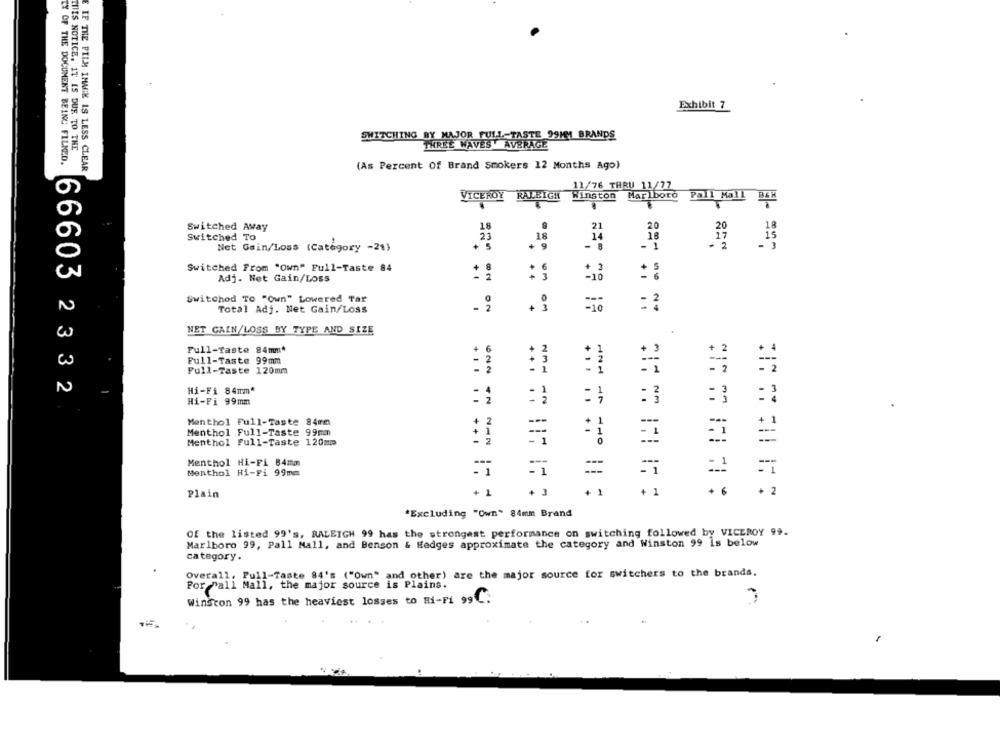
Exhibit 7
SWITCHING BY MAJOR FULL-TASTE 99MM BRANDS
THIS NOTICE. IT IS DUE TO THE
THREE WAVES AVERAGE
CY OF THE DOCUMENT BEING FILMED.
(As Percent Of Brand Smokers 12 Months Ago)
IF THE FILM IMAGE IS LESS CLEAR
11/76 THRU 11/77
VICEROY
RALEIGH
Winston
Marlboro
Pall Mall
8
Switched Away
21
Switched To
18
Net Gain/Loss (Category -21)
+ 9
14
Switched From "Own" Full-Taste 84
Adj. Net Gain/Loss
+ 1
Switched TO "Own" Lowered Tar
Total Adj. Net Gain/Loss
- 2
on
NET GAIN/LOSS BY TYPE AND SIZE
Full-Taste 84mm^
Full-Taste 99mm
Pull-Taste 120mm
...
NMH
Hi-Fi 84mm*
66603 2332
Hi-Fi 99mm
:3
=3
Menthol Full-Taste 84mm
=
Menthol Full-Taste 99mm
Menthol Full-Taste 120mm
Menthol Hi-Fi 84mm
Menthol Hi-Fi 99mm
Plain
+ 1
+ 3
+ 1
+ 1
+ 6
+ 2
*Excluding "Own" 84mm Brand
Of the listed 99's, RALEIGH 99 has the strongest performance on switching followed by VICEROY 99.
Marlboro 99, Pall Mall, and Benson & Hedges approximate the category and Winston 99 is below
category.
Overall, Pull-Taste 84's ("Own" and other) are the major source for switchers to the brands.
Por Pall Mall, the major source is Plains.
Winston 99 has the heaviest losses to Hi-Fi 99C: